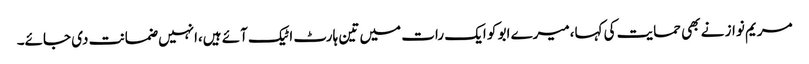
مریم نواز نے بھی حمایت کی کہا،میرے ابو کو ایک رات میں تین ہارٹ اٹیک آئے ہیں،انہیں ضمانت دی جائے۔